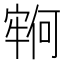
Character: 𫳵